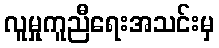
လူမှုကူညီရေးအသင်းမှ